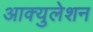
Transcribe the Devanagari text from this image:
आक्युलेशन